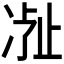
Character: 𬅽